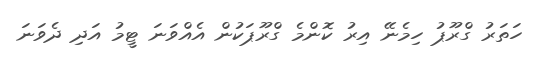
ހަތަރު ގްރޫޕު ހިމެނޭ އިރު ކޮންމެ ގްރޫޕަކުން އެއްވަނަ ޓީމު އަދި ދެވަނަ